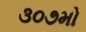
૩૦૭મો